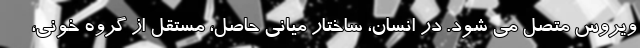
ویروس متصل می شود. در انسان، ساختار میانی حاصل، مستقل از گروه خونی،